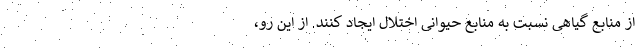
از منابع گیاهی نسبت به منابع حیوانی اختلال ایجاد کنند. از این رو،